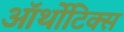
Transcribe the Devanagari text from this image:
ऑर्थोटिक्स